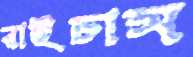
রাইচাস